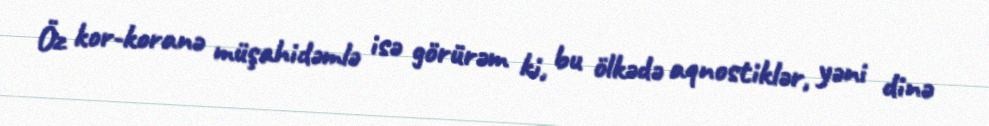
Öz kor-koranə müşahidəmlə isə görürəm ki, bu ölkədə aqnostiklər, yəni dinə